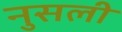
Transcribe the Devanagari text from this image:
नुसली